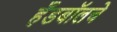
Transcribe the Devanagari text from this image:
हँडबॉलचे